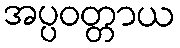
အပ္ပဝတ္တာယ